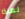
لماذا